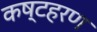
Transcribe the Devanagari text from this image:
कष्टहरण